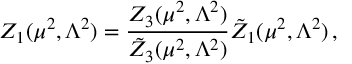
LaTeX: Z _ { 1 } ( \mu ^ { 2 } , \Lambda ^ { 2 } ) = \frac { Z _ { 3 } ( \mu ^ { 2 } , \Lambda ^ { 2 } ) } { \tilde { Z } _ { 3 } ( \mu ^ { 2 } , \Lambda ^ { 2 } ) } \tilde { Z } _ { 1 } ( \mu ^ { 2 } , \Lambda ^ { 2 } ) \, ,